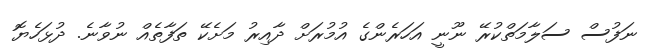
ނަފުސް ސަލާމަތްކުރޭ ނޫނީ އަހަރެންގެ އުމުރަށް ދާއިރު މަށެކޭ ތަފާތެއް ނުވާނެ. ދުޅަހެޔޮ